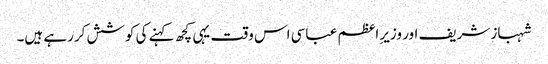
شہباز شریف اور وزیر ِاعظم عباسی اس وقت یہی کچھ کہنے کی کوشش کررہے ہیں۔